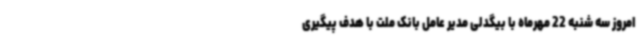
امروز سه شنبه 22 مهرماه با بیگدلی مدیر عامل بانک ملت با هدف پیگیری